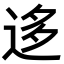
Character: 迻